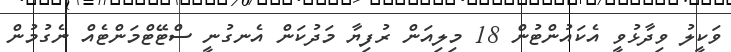
ވަކީލު ވިދާޅުވީ އެކައުންޓުން 18 މިލިއަން ރުފިޔާ މަދުކަން އެނގުނީ ސްޓޭޓްމަންޓެއް ނެގުމުން